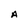
Character: A